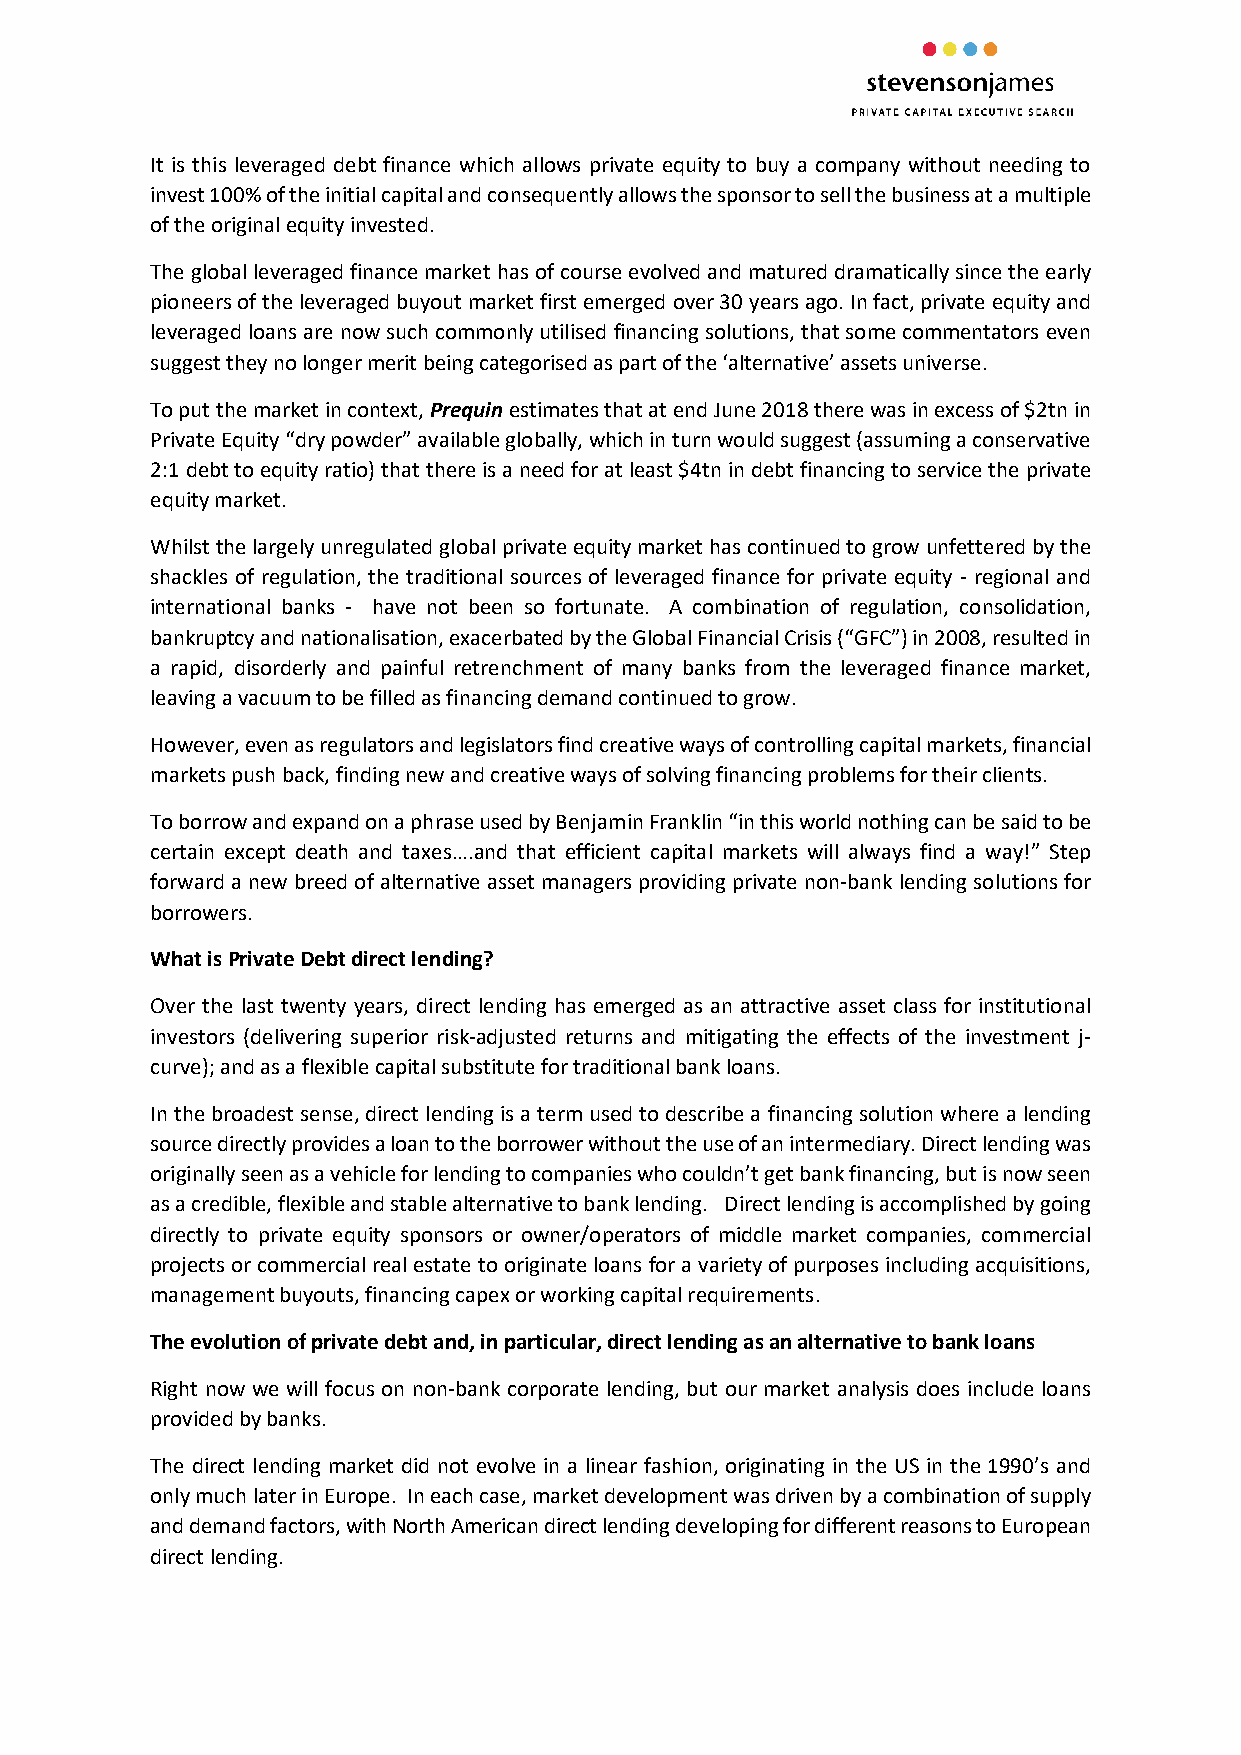
It is this leveraged debt finance which allows private equity to buy a company without needing to
 invest 100% of the initial capital and consequently allows the sponsor to sell the business at a multiple
 of the original equity invested.
 The global leveraged finance market has of course evolved and matured dramatically since the early
 pioneers of the leveraged buyout market first emerged over 30 years ago. In fact, private equity and
 leveraged loans are now such commonly utilised financing solutions, that some commentators even
 suggest they no longer merit being categorised as part of the ‘alternative’ assets universe.
 To put the market in context, Prequin estimates that at end June 2018 there was in excess of $2tn in
 Private Equity “dry powder” available globally, which in turn would suggest (assuming a conservative
 2:1 debt to equity ratio) that there is a need for at least $4tn in debt financing to service the private
 equity market.
 Whilst the largely unregulated global private equity market has continued to grow unfettered by the
 shackles of regulation, the traditional sources of leveraged finance for private equity - regional and
 international banks - have not been so fortunate. A combination of regulation, consolidation,
 bankruptcy and nationalisation, exacerbated by the Global Financial Crisis (“GFC”) in 2008, resulted in
 a rapid, disorderly and painful retrenchment of many banks from the leveraged finance market,
 leaving a vacuum to be filled as financing demand continued to grow.
 However, even as regulators and legislators find creative ways of controlling capital markets, financial
 markets push back, finding new and creative ways of solving financing problems for their clients.
 To borrow and expand on a phrase used by Benjamin Franklin “in this world nothing can be said to be
 certain except death and taxes….and that efficient capital markets will always find a way!” Step
 forward a new breed of alternative asset managers providing private non-bank lending solutions for
 borrowers.
 What is Private Debt direct lending?
 Over the last twenty years, direct lending has emerged as an attractive asset class for institutional
 investors (delivering superior risk-adjusted returns and mitigating the effects of the investment j-
 curve); and as a flexible capital substitute for traditional bank loans.
 In the broadest sense, direct lending is a term used to describe a financing solution where a lending
 source directly provides a loan to the borrower without the use of an intermediary. Direct lending was
 originally seen as a vehicle for lending to companies who couldn’t get bank financing, but is now seen
 as a credible, flexible and stable alternative to bank lending. Direct lending is accomplished by going
 directly to private equity sponsors or owner/operators of middle market companies, commercial
 projects or commercial real estate to originate loans for a variety of purposes including acquisitions,
 management buyouts, financing capex or working capital requirements.
 The evolution of private debt and, in particular, direct lending as an alternative to bank loans
 Right now we will focus on non-bank corporate lending, but our market analysis does include loans
 provided by banks.
 The direct lending market did not evolve in a linear fashion, originating in the US in the 1990’s and
 only much later in Europe. In each case, market development was driven by a combination of supply
 and demand factors, with North American direct lending developing for different reasons to European
 direct lending.